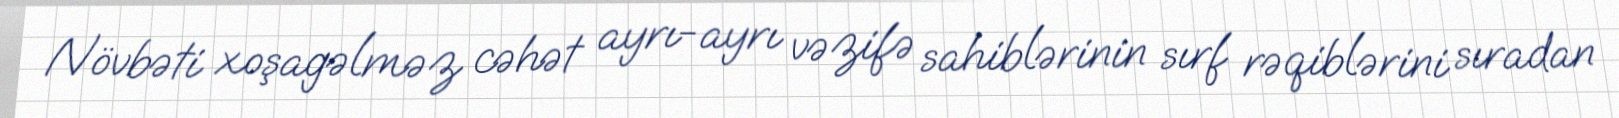
Növbəti xoşagəlməz cəhət ayrı-ayrı vəzifə sahiblərinin sırf rəqiblərini sıradan